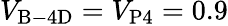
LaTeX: V_{\mathrm{B-4D}}=V_{\mathrm{P4}}=0.9